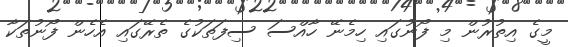
މީގެ އިތުރުން މި ފޯނުގައި ހިމެނޭ ހާއްސަ ސިފަތަކުގެ ތެރޭގައި އެހެން ފޯނުތަކާ